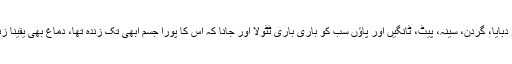
اس خیال کے آتے ہی اس نے دونوں ہاتھوں کی مٹھیاں بھینچیں، ہڈیالے کندھوں کو دبایا، گردن، سینہ، پیٹ، ٹانگیں اور پاؤں سب کو باری باری ٹٹولا اور جانا کہ اس کا پورا جسم ابھی تک زندہ تھا، دماغ بھی یقیناً زندہ تھا کہ وہ سوچ سکتی تھی، کڑھ سکتی تھی اور اپنی بے بسی پر رو سکتی تھی۔